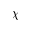
\chi